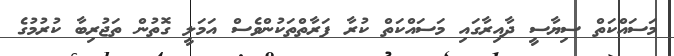
މަސައްކަތް ސިޔާސީ ދާއިރާގައި މަސައްކަތް ކުރާ ފަރާތްތަކުންވެސް އަމަލީ ގޮތުން ތަޖުރިބާ ކުރުމުގެ